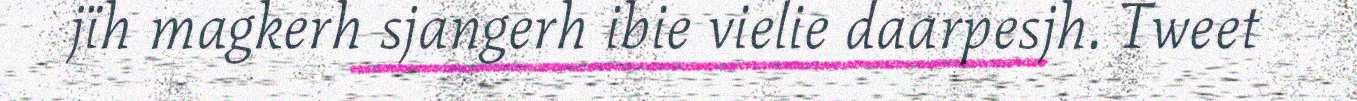
jïh magkerh sjangerh ibie vielie daarpesjh. Tweet